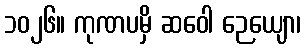
၁၀၂၆။ ကုဏပမှိ ဆဝေါ ဉေယျော၊